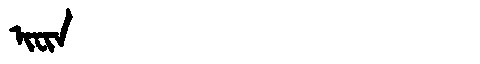
Manchu: ᡳᠸᡳᠨ
Romanization: IFIN